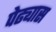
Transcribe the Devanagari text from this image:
पेढ्यास